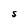
Character: S